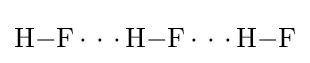
{\mathrm {H} {-}\mathrm {F} \,{\cdot }\,\,{\cdot }\,\,{\cdot }\,\mathrm {H} {-}\mathrm {F} \,{\cdot }\,\,{\cdot }\,\,{\cdot }\,\mathrm {H} {-}\mathrm {F} }